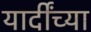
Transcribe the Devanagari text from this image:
यार्दींच्या